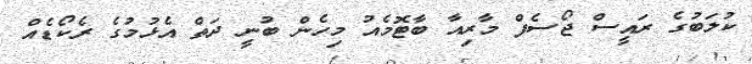
ކުލަބުގެ ރައީސް ޖޯސެފް މާރިއާ ބާޓޮމެެއު މިހެން ބުނީ ދަތް އެޅުމުގެ ރެކޯޑެއް